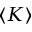
\langle K \rangle